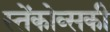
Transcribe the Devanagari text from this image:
स्तेंकोव्सकी